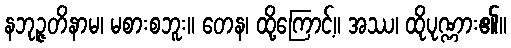
နဘုဉ္ဇတိနာမ၊ မစားစဘူး။ တေန၊ ထို့ကြောင့်။ အဿ၊ ထိုပုဏ္ဏား၏။